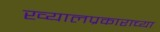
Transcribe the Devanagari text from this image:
ख्यालप्रकाराच्या